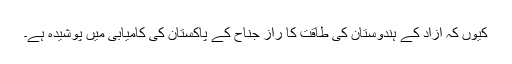
کیوں کہ آزاد کے ہندوستان کی طاقت کا راز جناح کے پاکستان کی کامیابی میں پوشیدہ ہے۔